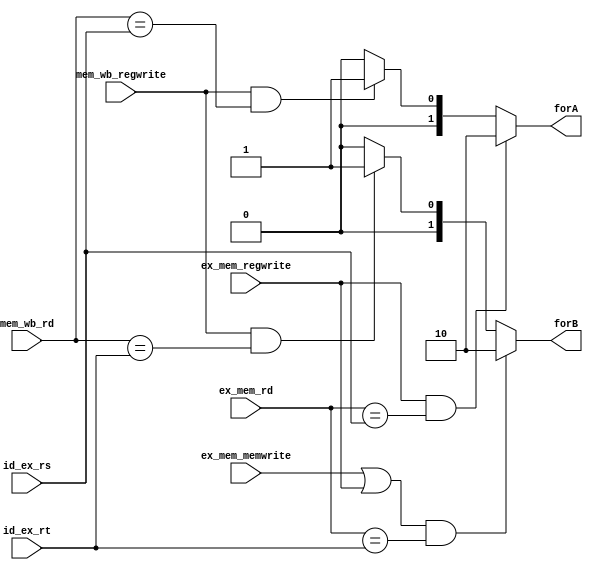
`timescale 1ns / 1ps
//////////////////////////////////////////////////////////////////////////////////
// Company: 
// Engineer: 
// 
// Design Name: 
// Module Name: f_unitmux
// Project Name: 
// Target Devices: 
// Tool Versions: 
// Description: 
// 
// Dependencies: 
// 
// Revision:
// Revision 0.01 - File Created
// Additional Comments:
// 
//////////////////////////////////////////////////////////////////////////////////


module f_unitmux(forA, forB, ex_mem_rd, mem_wb_rd, id_ex_rs, id_ex_rt, ex_mem_regwrite, ex_mem_memwrite, mem_wb_regwrite);
    input ex_mem_regwrite, mem_wb_regwrite,ex_mem_memwrite;
    input [4:0] ex_mem_rd,mem_wb_rd,id_ex_rs,id_ex_rt;
    output [1:0] forA,forB;
    
    assign forA = (ex_mem_regwrite&&(ex_mem_rd == id_ex_rs))?2'b10:
    (mem_wb_regwrite&&(mem_wb_rd == id_ex_rs))?2'b01:
    2'b00;
    assign forB = ((ex_mem_memwrite||ex_mem_regwrite)&&(ex_mem_rd == id_ex_rt))?2'b10:
    (mem_wb_regwrite&&(mem_wb_rd == id_ex_rt))?2'b01:
    2'b00;  
    
endmodule